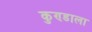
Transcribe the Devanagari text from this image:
कुण्डाला